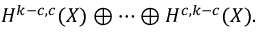
H ^ { k - c , c } ( X ) \oplus \cdots \oplus H ^ { c , k - c } ( X ) .